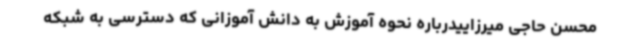
محسن حاجی میرزاییدرباره نحوه آموزش به دانش آموزانی که دسترسی به شبکه